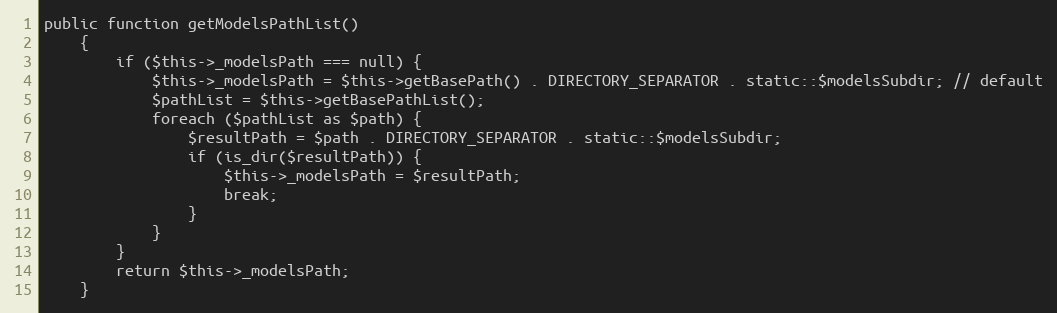
Language: PHP
public function getModelsPathList()
    {
        if ($this->_modelsPath === null) {
            $this->_modelsPath = $this->getBasePath() . DIRECTORY_SEPARATOR . static::$modelsSubdir; // default
            $pathList = $this->getBasePathList();
            foreach ($pathList as $path) {
                $resultPath = $path . DIRECTORY_SEPARATOR . static::$modelsSubdir;
                if (is_dir($resultPath)) {
                    $this->_modelsPath = $resultPath;
                    break;
                }
            }
        }
        return $this->_modelsPath;
    }